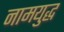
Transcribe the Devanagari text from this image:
नामयुद्ध